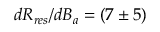
d R _ { r e s } / d B _ { a } = ( 7 \pm 5 )